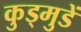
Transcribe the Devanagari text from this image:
कुड्मुडें